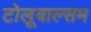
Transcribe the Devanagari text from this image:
टोलूबाल्सम